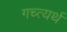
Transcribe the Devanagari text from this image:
गच्त्यर्थ